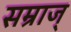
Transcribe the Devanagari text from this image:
सम्राज्